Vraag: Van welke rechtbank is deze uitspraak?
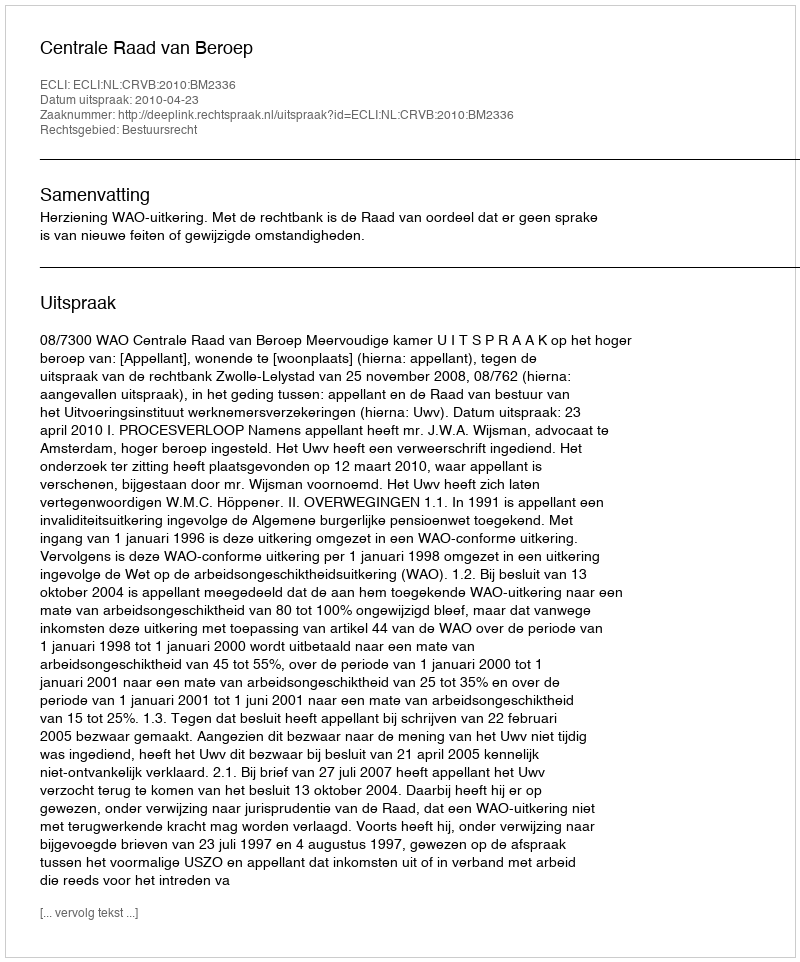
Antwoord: Centrale Raad van Beroep